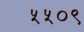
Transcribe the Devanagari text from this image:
५५०९